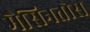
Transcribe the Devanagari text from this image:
मैसिनतोस